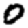
Digit: 0